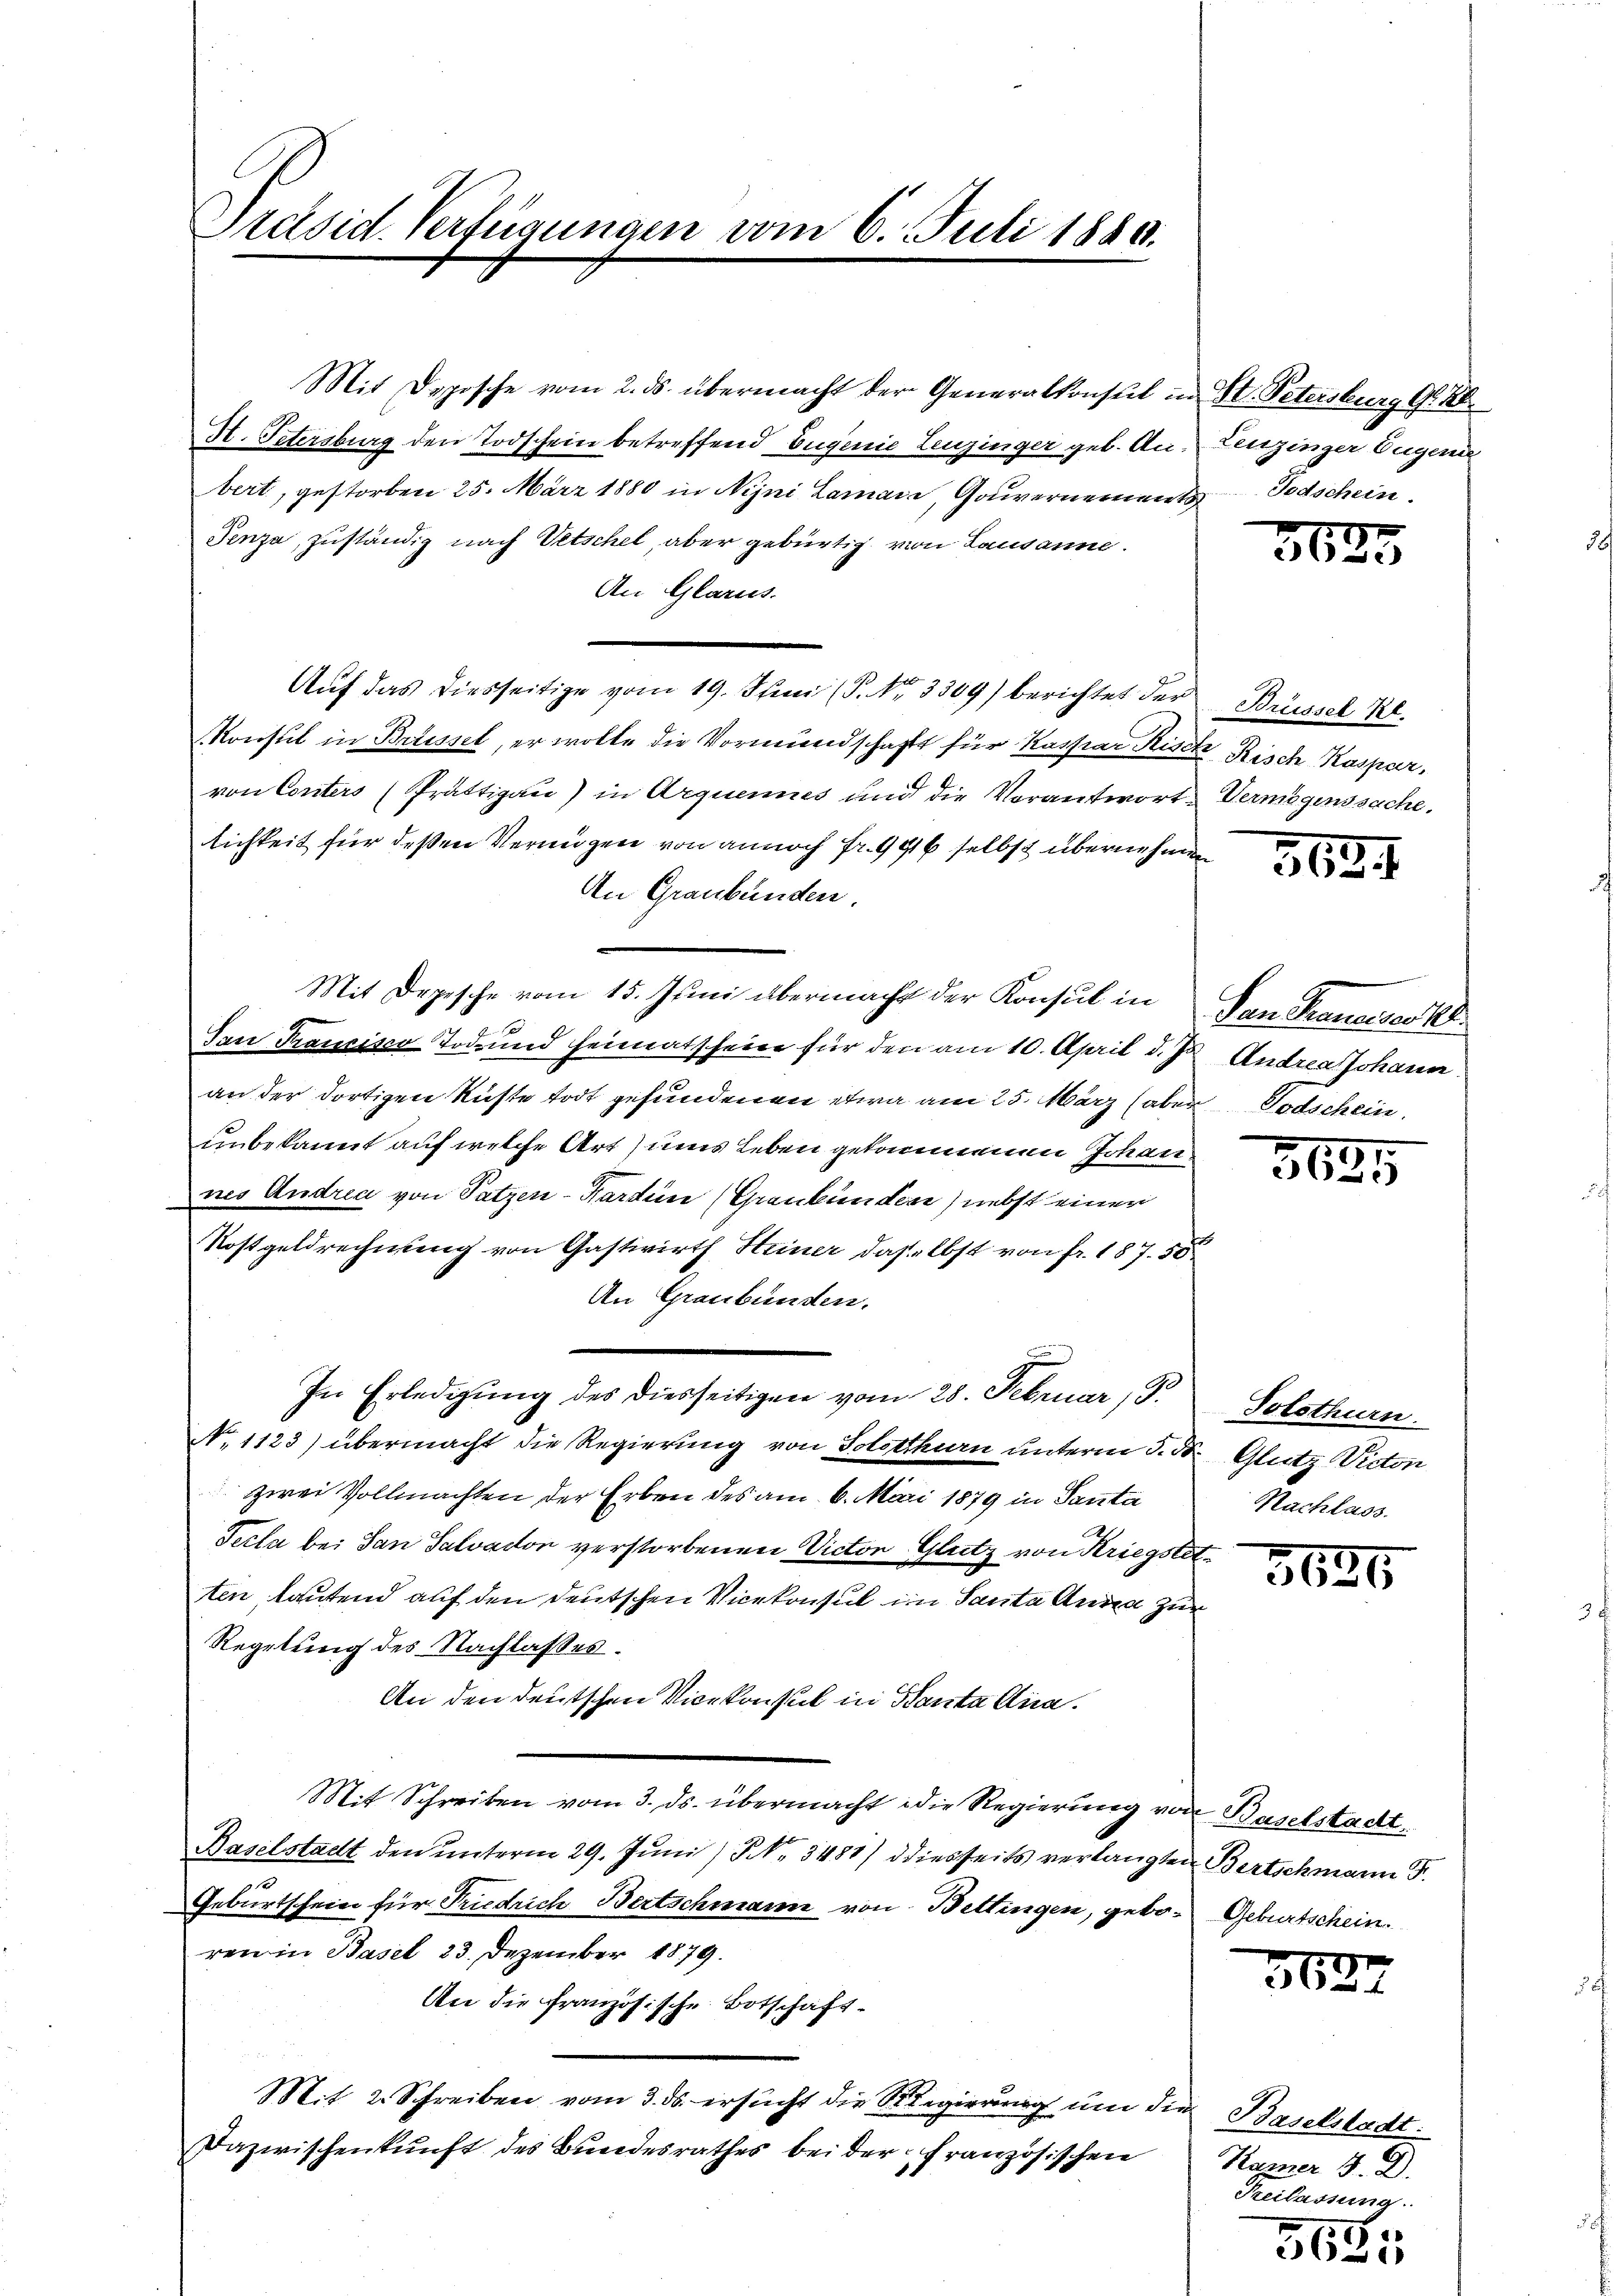
Präsid. Verfügungen vom 6. Juli 1889.

Mit Dopische vom 2. ds. übermacht der Generalkonsul in St. Petersburg Ar
H. Petersburg den Todschein betreffend Eugenie Leuzinger geb. An- Lenzinger Eugenie
bert, gestorben 25. März 1880 in Nejni Lamais, Gouvernement Todschein.
Penza, zuständig nach Vetschel, aber gebürtig von Lausanne.
An Glarus.
Auf das diesseitige vom 19. Juni (P. Nr. 3309) berichtet der Brüssel Kl.
Konsul in Brissel, er wolle die Vormundschafft für Kassian Kisel Risch Kaspar,
von Conters (Prättigau) in Arquennes und die Verantwort Vermögenssache.
lichkeit für deßen Vermögen von annoch Fr. 996 selbst übernehmen
An Graubünden.
Mit Depesche vom 15. Juni übermacht der Konsul in Dan Tranaiser E
Tan Francisco Tod und heimatscheine für den am 10. April d. Js. Andrea Johann
an der dortigen Rüste todt gefundenen etwa am 25. März (aber Todschein.
unbekannt auf welche Art ums Leben gekommenen Johan
nes Andrea von Satzen-Karden (Graubünden) nebst einer
Kostgeldrechnung von Gastwirth Heiner dasselbst von fr. 187. 50
An Graubünden.
In Erledigung des diesseitigen vom 28. Februar 9.
N. 1123) übermacht die Regierung von Solothurn unterm 3. d. Glutz Victon
zwei Vollmachten der Erben des am 6. Mai 1879 in Panta
Secla bei San Salvacon verstorbenen Victor Glutz von Kriegstetten lautend auf den deutschen Vicekonsul im Santa Anna zur
Regelung des Nachlasses.
An den deutschen Vicekonsul in Santa Anna.
Mit Schreiben vom 3. ds. übermacht die Regierung von Baselstacht,
Baselstadt den unterm 29. Juni / NNo. 3481) diesseits verlangten Bertschmann S.
Geburtschein für Friedrich Bertschmann von Bettingen, gebo- Geburtschein.
ren in Basel 23. Dezember 1879.
An die Französische Botschaft
Mit 2. Schreiben vom 3. ds. ersucht die Regierung um die Baselstadt:
Dazwischenkunft des Bundesrathes bei der Französischen

36.

.

563.

5
22.)

Solothurn.
Nachlass

3620

3627

Kamer 4. D.
Reilassung

751
8
3620